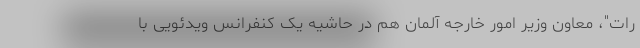
رات"، معاون وزیر امور خارجه آلمان هم در حاشیه یک کنفرانس ویدئویی با